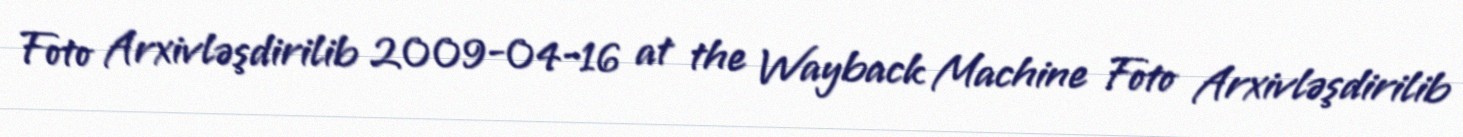
Foto Arxivləşdirilib 2009-04-16 at the Wayback Machine Foto Arxivləşdirilib